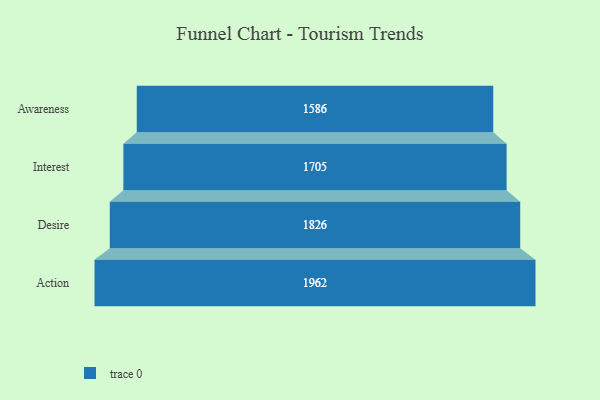
{"axis": {"x": "Stage", "y": "Value"}, "legend": [""], "data": [{"x": "Awareness", "y": 1586.0, "type": ""}, {"x": "Interest", "y": 1705.0, "type": ""}, {"x": "Desire", "y": 1826.0, "type": ""}, {"x": "Action", "y": 1962.0, "type": ""}]}